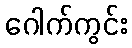
ဂေါက်ကွင်း